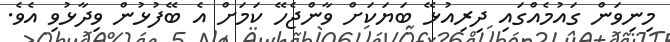
މިނިވަން ގައުމެއްގައި ދިރިއުޅޭ ބަޔަކަށް ވާންޖެހޭ ކަމަށް އެ ބޭފުޅުން ވިދާޅުވި އެވެ.